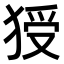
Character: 𤟗